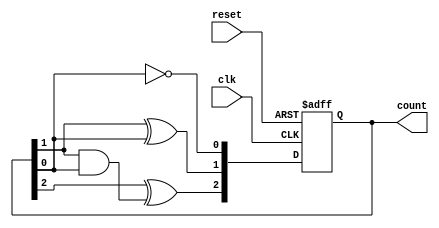
module async_counter (
    input wire clk,        // Clock input
    input wire reset,      // Asynchronous reset input
    output reg [n-1:0] count // Counter output (n-bit wide)
);
    parameter n = 3; // Number of flip-flops (3 for counting 0 to 7)

    // Asynchronous reset and counting logic
    always @(posedge clk or posedge reset) begin
        if (reset) begin
            count <= 0; // Reset the counter to 0
        end else begin
            count[0] <= ~count[0]; // Toggle LSB
            // Ripple effect for the rest of the bits
            count[1] <= count[1] ^ count[0]; // Toggle next bit if LSB is 1
            count[2] <= count[2] ^ (count[1] & count[0]); // Toggle MSB if both LSB and next bit are 1
        end
    end
endmodule